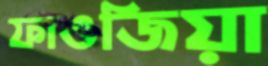
ফাওজিয়া